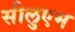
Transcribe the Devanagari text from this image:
सीलुएम